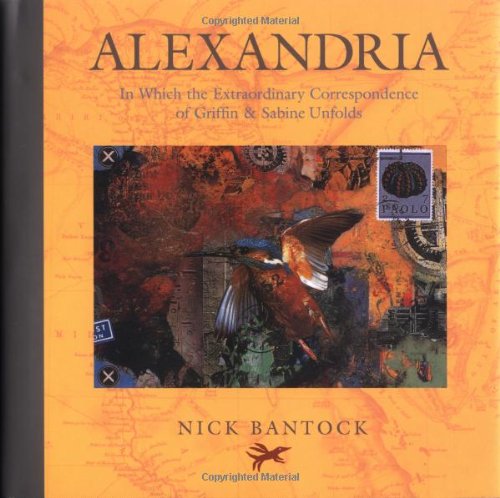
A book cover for Alexandria: In Which the Extraordinary Correspondence of Griffin & Sabine Unfolds; Nick Bantock; Romance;